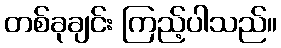
တစ်ခုချင်း ကြည့်ပါသည်။